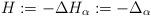
LaTeX: \begin{align*} H:=-\Delta H_{\alpha}:= -\Delta_{\alpha}\end{align*}